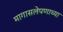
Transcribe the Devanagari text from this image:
मागासलेपणाच्या